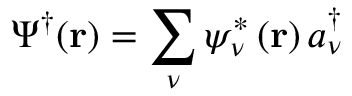
\Psi ^ { \dagger } ( \mathbf { r } ) = \sum _ { \nu } \psi _ { \nu } ^ { * } \left( \mathbf { r } \right) a _ { \nu } ^ { \dagger }